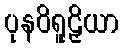
ပုနဝိရူဠှိယာ